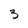
Character: 3